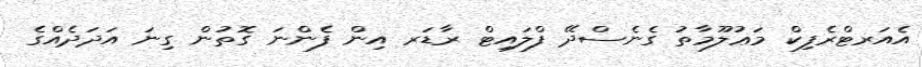
އެއަރޓްރެފިކް މަޢުލޫމާތު ގެނެސްދޭ ފްލައިޓް ރާޑަރ އިން ފެންނަ ގޮތުން ގިނަ އަދަދެއްގެ